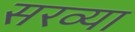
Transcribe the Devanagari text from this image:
सरव्या